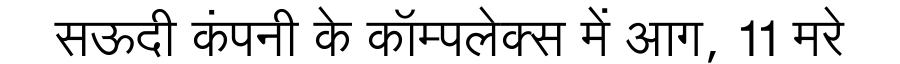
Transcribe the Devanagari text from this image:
सऊदी कंपनी के कॉम्पलेक्स में आग, 11 मरे